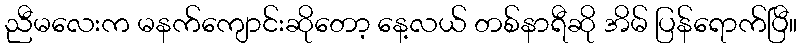
ညီမလေးက မနက်ကျောင်းဆိုတော့ နေ့လယ် တစ်နာရီဆို အိမ် ပြန်ရောက်ပြီ။